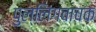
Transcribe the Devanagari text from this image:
पुल्लिंगवाचक